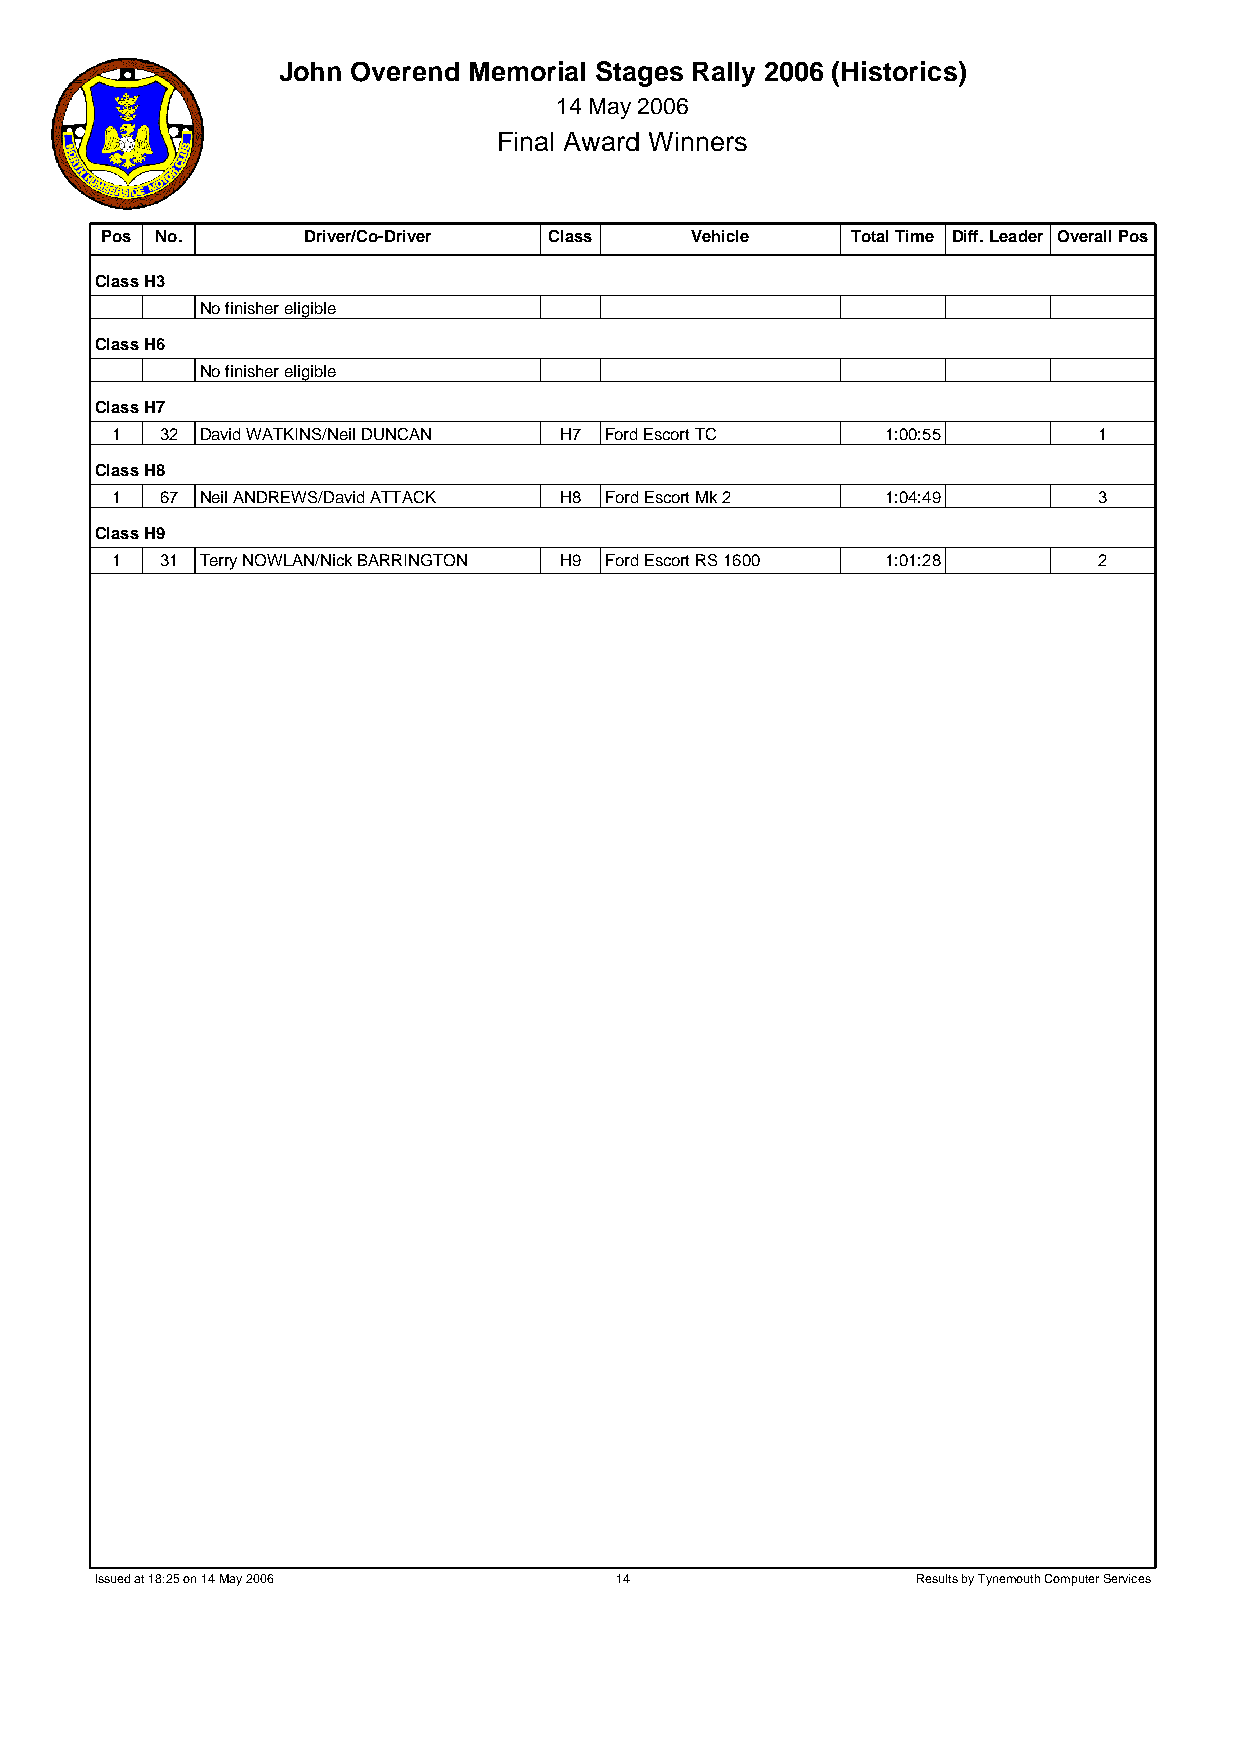
John Overend Memorial Stages Rally 2006 (Historics)
 14 May 2006
 Final Award Winners
 Pos No.      Driver/Co-Driver Class    Vehicle   Total Time Diff. Leader Overall Pos
 Class H3
 No finisher eligible
 Class H6
 No finisher eligible
 Class H7
 1   32 David WATKINS/Neil DUNCAN H7 Ford Escort TC  1:00:55       1
 Class H8
 1   67 Neil ANDREWS/David ATTACK H8 Ford Escort Mk 2 1:04:49      3
 Class H9
 1   31 Terry NOWLAN/Nick BARRINGTON H9 Ford Escort RS 1600 1:01:28 2
 Issued at 18:25 on 14 May 2006     14                  Results by Tynemouth Computer Services